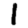
Digit: 1